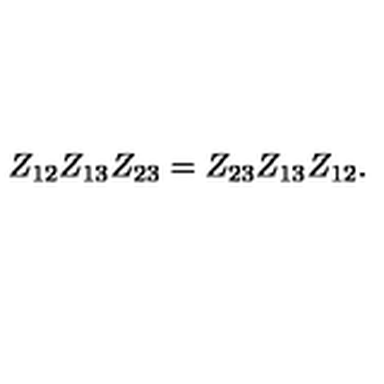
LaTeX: Z _ { 1 2 } Z _ { 1 3 } Z _ { 2 3 } = Z _ { 2 3 } Z _ { 1 3 } Z _ { 1 2 } .